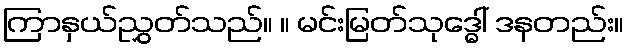
ကြာနှယ်ညွှတ်သည်။ ။ မင်းမြတ်သုဒ္ဓေါ် ဒနတည်း။